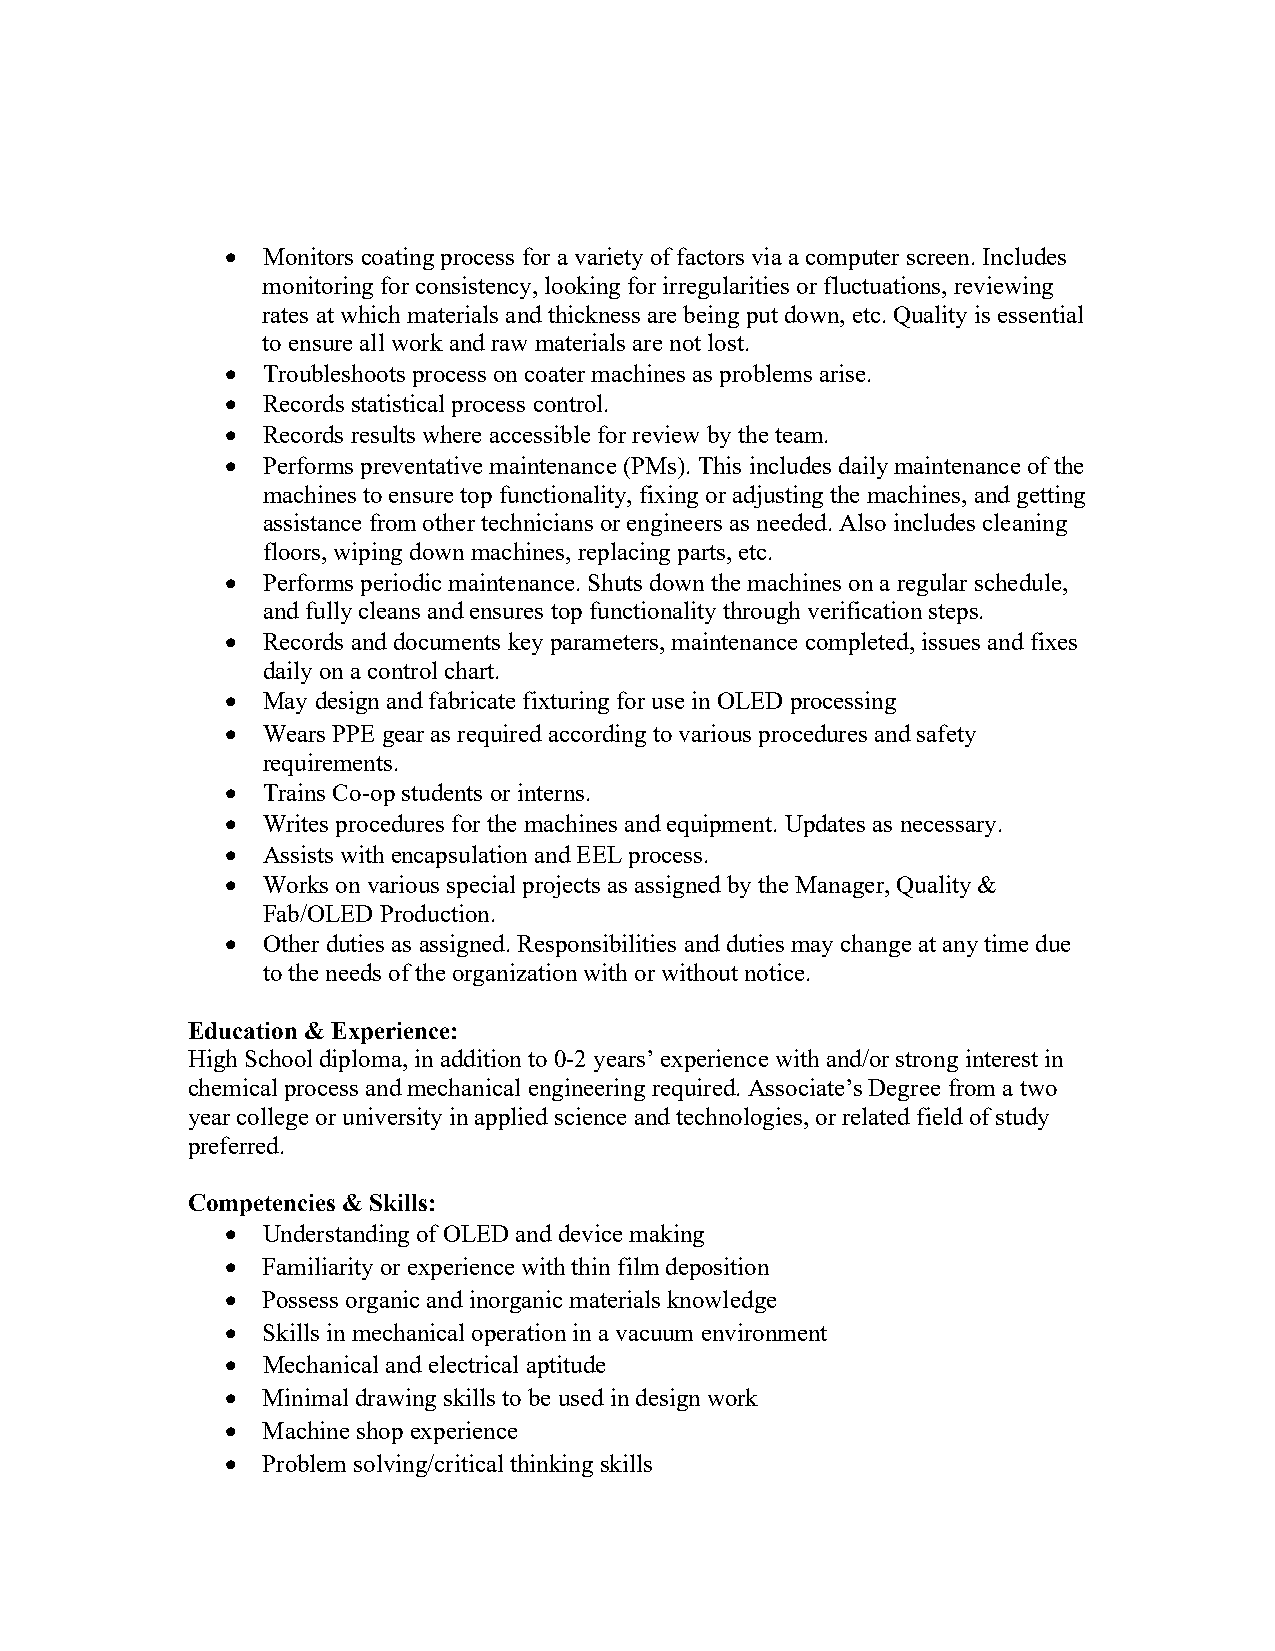
• Monitors coating process for a variety of factors via a computer screen. Includes
 monitoring for consistency, looking for irregularities or fluctuations, reviewing
 rates at which materials and thickness are being put down, etc. Quality is essential
 to ensure all work and raw materials are not lost.
 • Troubleshoots process on coater machines as problems arise.
 • Records statistical process control.
 • Records results where accessible for review by the team.
 • Performs preventative maintenance (PMs). This includes daily maintenance of the
 machines to ensure top functionality, fixing or adjusting the machines, and getting
 assistance from other technicians or engineers as needed. Also includes cleaning
 floors, wiping down machines, replacing parts, etc.
 • Performs periodic maintenance. Shuts down the machines on a regular schedule,
 and fully cleans and ensures top functionality through verification steps.
 • Records and documents key parameters, maintenance completed, issues and fixes
 daily on a control chart.
 • May design and fabricate fixturing for use in OLED processing
 • Wears PPE gear as required according to various procedures and safety
 requirements.
 • Trains Co-op students or interns.
 • Writes procedures for the machines and equipment. Updates as necessary.
 • Assists with encapsulation and EEL process.
 • Works on various special projects as assigned by the Manager, Quality &
 Fab/OLED Production.
 • Other duties as assigned. Responsibilities and duties may change at any time due
 to the needs of the organization with or without notice.
 Education & Experience:
 High School diploma, in addition to 0-2 years’ experience with and/or strong interest in
 chemical process and mechanical engineering required. Associate’s Degree from a two
 year college or university in applied science and technologies, or related field of study
 preferred.
 Competencies & Skills:
 • Understanding of OLED and device making
 • Familiarity or experience with thin film deposition
 • Possess organic and inorganic materials knowledge
 • Skills in mechanical operation in a vacuum environment
 • Mechanical and electrical aptitude
 • Minimal drawing skills to be used in design work
 • Machine shop experience
 • Problem solving/critical thinking skills